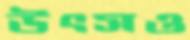
উৎসও